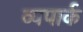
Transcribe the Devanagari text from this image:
व्यपार्क